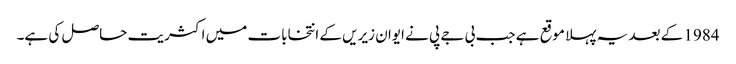
1984 کے بعد یہ پہلا موقع ہے جب بی جے پی نے ایوان زیریں کے انتخابات میں اکثریت حاصل کی ہے۔